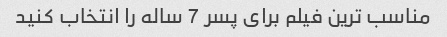
مناسب ترین فیلم برای پسر 7 ساله را انتخاب کنید